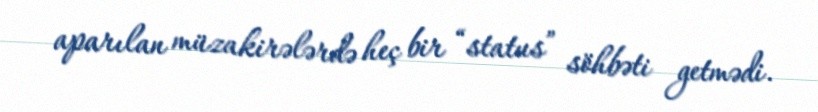
aparılan müzakirələrdə heç bir “status” söhbəti getmədi.